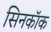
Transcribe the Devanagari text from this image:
सिनकॉक